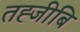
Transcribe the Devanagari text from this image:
तह्जीबि